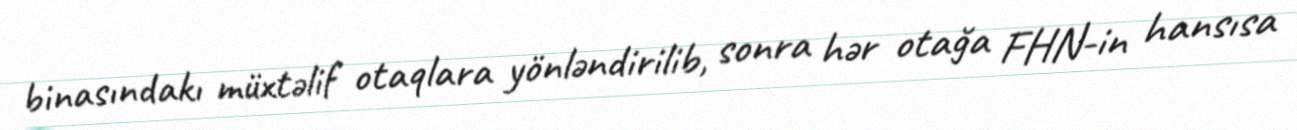
binasındakı müxtəlif otaqlara yönləndirilib, sonra hər otağa FHN-in hansısa